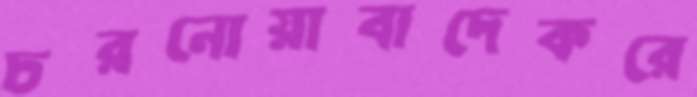
চরনোয়াবাদেকরে